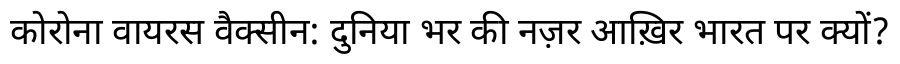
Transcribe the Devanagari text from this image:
कोरोना वायरस वैक्सीन: दुनिया भर की नज़र आख़िर भारत पर क्यों?